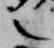
之